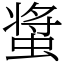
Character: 螀